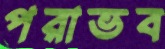
পরাভব